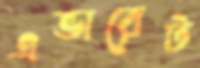
এভারেট